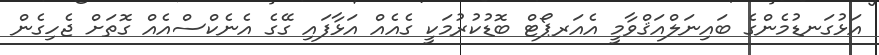
އަޅުގަނޑުމެންގެ ބައިނަލްއަޤްވާމީ އެއަރޕޯޓް ބޮޑުކުރުމަކީ ގެއެއް އަޅާފައި ގޭގެ އެނެކްސްއެއް ގޮތަށް ޖެހިގެން